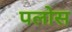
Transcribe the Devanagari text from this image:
पलोस